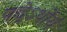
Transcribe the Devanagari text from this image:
पदेऽर्थोयं